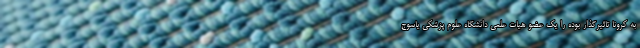
به کرونا تاثیرگذار بوده را یک عضو هیات علمی دانشگاه علوم پزشکی یاسوج